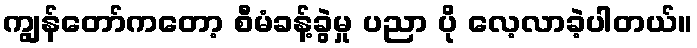
ကျွန်တော်ကတော့ စီမံခန့်ခွဲမှု ပညာ ပို လေ့လာခဲ့ပါတယ်။